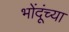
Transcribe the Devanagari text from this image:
भोंदूंच्या